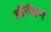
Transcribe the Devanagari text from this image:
डॉर्नबर्ग